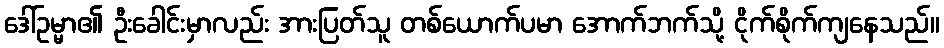
ဒေါ်ဥမ္မာ၏ ဦးခေါင်းမှာလည်း အားပြတ်သူ တစ်ယောက်ပမာ အောက်ဘက်သို့ ငိုက်စိုက်ကျနေသည်။